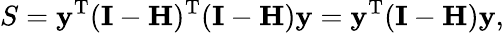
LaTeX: S=\mathbf{y}^{\mathrm{{T}}}(\mathbf{I}-\mathbf{H})^{\mathrm{{T}}}(\mathbf{I}-\mathbf{H})\mathbf{y}=\mathbf{y}^{\mathrm{{T}}}(\mathbf{I}-\mathbf{H})\mathbf{y},